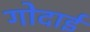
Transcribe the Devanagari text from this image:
गोदाई